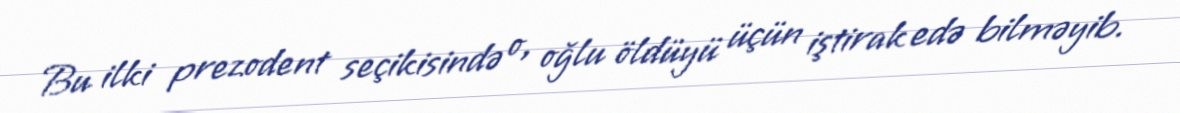
Bu ilki prezodent seçikisində o, oğlu öldüyü üçün iştirak edə bilməyib.